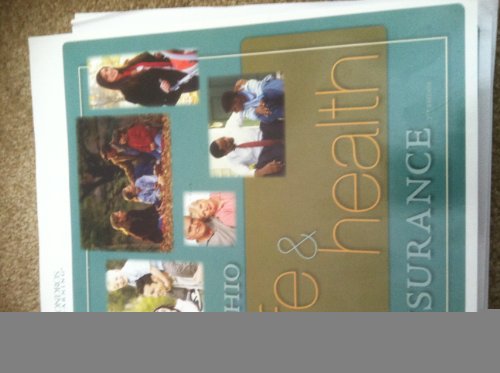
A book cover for Ohio Life & Health Insurance 7th Edition; Business & Money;